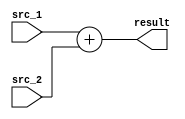
module ALU (
    input [31:0] src_1,
    input [31:0] src_2,
    output [32:0] result
);
    assign result = src_1 + src_2;
endmodule